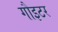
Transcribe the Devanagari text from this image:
गौइटर